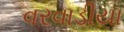
વરવાડીયા